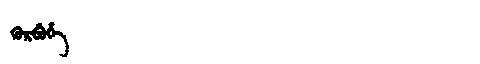
Manchu: ᡴᡠᡵᠪᡠᡥᡝ
Romanization: KURBUHE